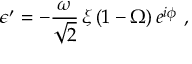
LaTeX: \epsilon ^ { \prime } = - \frac { \omega } { \sqrt { 2 } } \, \xi \, ( 1 - \Omega ) \, e ^ { i \phi } \ ,